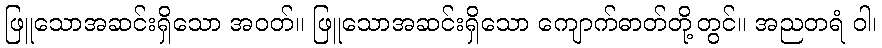
ဖြူသောအဆင်းရှိသော အဝတ်။ ဖြူသောအဆင်းရှိသော ကျောက်ဓာတ်တို့တွင်။ အညတရံ ဝါ၊